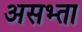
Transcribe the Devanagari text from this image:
असभ्ता